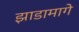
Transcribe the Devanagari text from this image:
झाडामागे